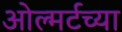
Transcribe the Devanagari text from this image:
ओल्मर्टच्या